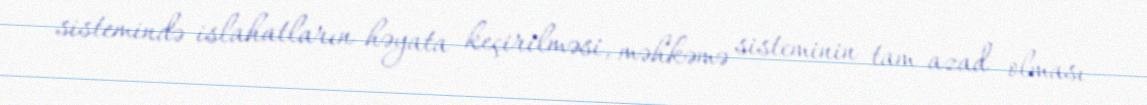
sistemində islahatların həyata keçirilməsi, məhkəmə sisteminin tam azad olması